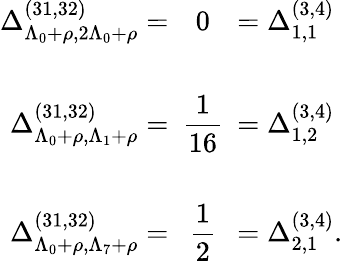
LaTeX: \begin{array}{rcl}{{\Delta_{\Lambda_{0}+\rho,2\Lambda_{0}+\rho}^{(31,32)}=}}&{{\! \! \! 0\! \! \! }}&{{=\Delta_{1,1}^{(3,4)}}}\\ {{}}&{{}}&{{}}\\ {{\Delta_{\Lambda_{0}+\rho,\Lambda_{1}+\rho}^{(31,32)}=}}&{{\displaystyle\! \! \! \frac{1}{16}\! \! \! }}&{{=\Delta_{1,2}^{(3,4)}}}\\ {{}}&{{}}&{{}}\\ {{\Delta_{\Lambda_{0}+\rho,\Lambda_{7}+\rho}^{(31,32)}=}}&{{\displaystyle\! \! \! \frac{1}{2}\! \! \! }}&{{=\Delta_{2,1}^{(3,4)}.}}\end{array}